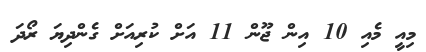
މިއީ މެއި 10 އިން ޖޫން 11 އަށް ކުރިއަށް ގެންދިޔަ ރޯދަ